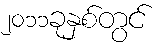
၂၀၁၁ခုနှစ်တွင်